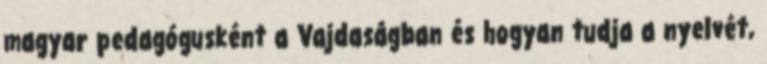
magyar pedagógusként a Vajdaságban és hogyan tudja a nyelvét,